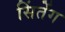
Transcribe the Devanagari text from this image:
सिंतेंग